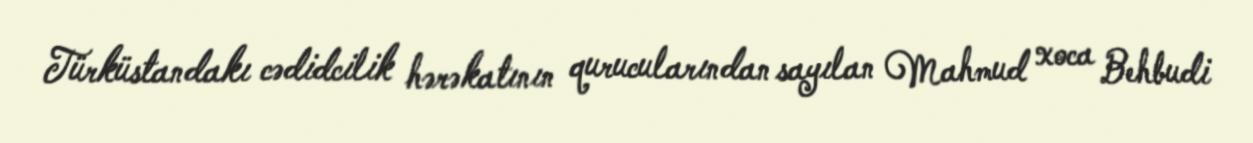
Türküstandakı cədidcilik hərəkatının qurucularından sayılan Mahmud xoca Behbudi